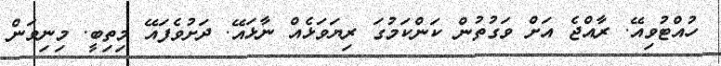
ހުއްޓުވިއޭ. ރާއްޖެ އަށް ވަގުތުން ކަންކަމުގަ ރިޔަވަޅެއް ނާޅައޭ. ދަށުވެފައޭ މިތިބީ. މިނިވަން